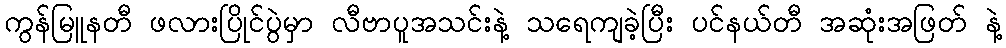
ကွန်မြူနတီ ဖလားပြိုင်ပွဲမှာ လီဗာပူအသင်းနဲ့ သရေကျခဲ့ပြီး ပင်နယ်တီ အဆုံးအဖြတ် နဲ့